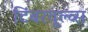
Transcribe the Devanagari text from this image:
टिंबरवूल्व्स